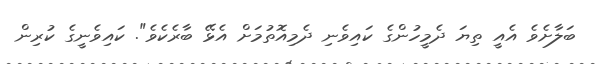
ބަލާށެވެ އެއީ ތިޔަ ދެމީހުންގެ ކައިވެނި ދެމިއޮތުމަށް އެޅޭ ބާރެކެވެ". ކައިވެނީގެ ކުރިން